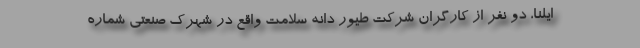
ایلنا، دو نفر از کارگران شرکت طیور دانه سلامت واقع در شهرک صنعتی شماره